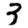
Digit: 3